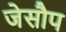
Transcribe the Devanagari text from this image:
जेसौप